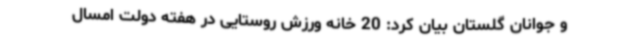
و جوانان گلستان بیان کرد: 20 خانه ورزش روستایی در هفته دولت امسال